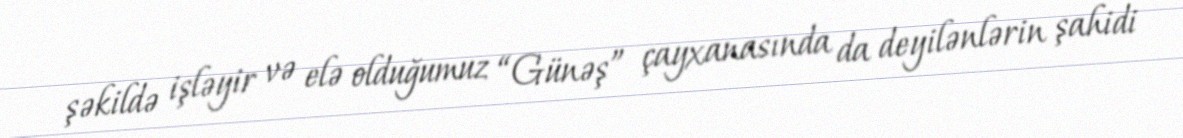
şəkildə işləyir və elə olduğumuz “Günəş” çayxanasında da deyilənlərin şahidi